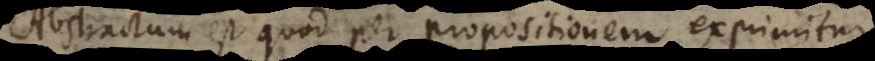
Abstractum est quod per propositionem exprimitur